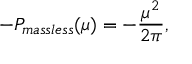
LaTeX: - P _ { m a s s l e s s } ( \mu ) = - \frac { \mu ^ { 2 } } { 2 \pi } ,